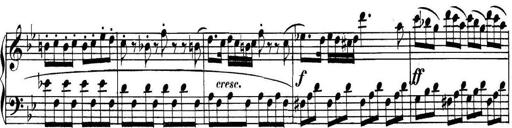
Title: Collected Piano Sonatas
Composer: Muzio Clementi